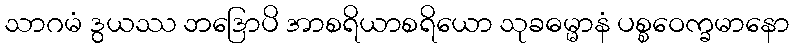
သာဂမံ ဒွယဿ ဘဒြောပိ အာစရိယာစရိယော သုခဓမ္မာနံ ပစ္စဝေက္ခမာနော